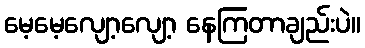
မေ့မေ့လျော့လျော့ နေကြတာချည်းပဲ။